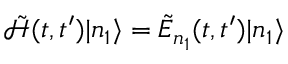
\begin{array} { r } { \Tilde { \mathcal { H } } ( t , t ^ { \prime } ) | n _ { 1 } \rangle = \Tilde { E } _ { n _ { 1 } } ( t , t ^ { \prime } ) | n _ { 1 } \rangle } \end{array}